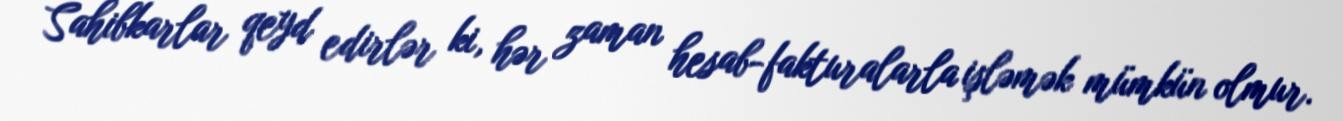
Sahibkarlar qeyd edirlər ki, hər zaman hesab-fakturalarla işləmək mümkün olmur.